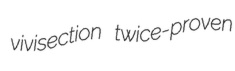
vivisection twice-proven